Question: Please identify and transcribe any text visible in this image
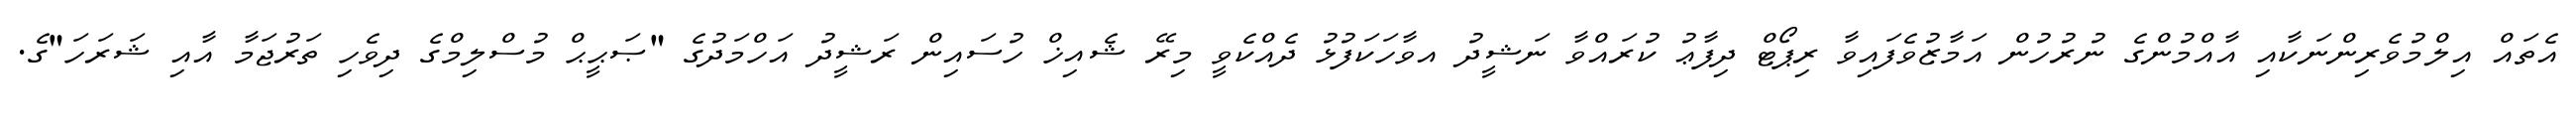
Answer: އެތައް އިލްމުވެރިންނަކާއި އާއްމުންގެ ނުރުހުން އަމާޒުވެފައިވާ ރިޕޯޓް ދިފާޢު ކުރައްވާ ނަޝީދު އވާހަކަފުޅު ދެއްކެވީ މިރޭ ޝެއިޚް ހުސައިން ރަޝީދު އަހްމަދުގެ "ޞަޙީޙް މުސްލިމްގެ ދިވެހި ތަރުޖަމާ އާއި ޝަރަހަ"ގެ.